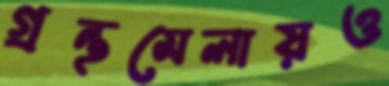
গ্রন্থমেলায়ও